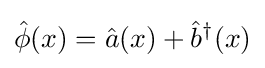
{\hat {\phi }}(x)={\hat {a}}(x)+{\hat {b}}^{\dagger }(x)